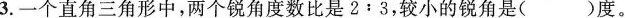
3.一个直角三角形中，两个锐角度数比是2﹔3，较小的锐角是（）度。